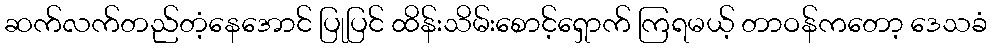
ဆက်လက်တည်တံ့နေအောင် ပြုပြင် ထိန်းသိမ်းစောင့်ရှောက် ကြရမယ့် တာဝန်ကတော့ ဒေသခံ